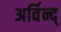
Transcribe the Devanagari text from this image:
अर्विन्द्